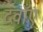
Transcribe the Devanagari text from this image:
दवाँएं